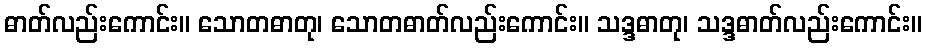
ဓာတ်လည်းကောင်း။ သောတဓာတု၊ သောတဓာတ်လည်းကောင်း။ သဒ္ဒဓာတု၊ သဒ္ဒဓာတ်လည်းကောင်း။